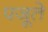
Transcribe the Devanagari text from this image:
पजूते